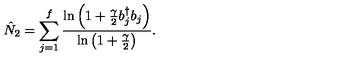
\hat { N } _ { 2 } = \sum _ { j = 1 } \sp f { \frac { \ln \left( 1 + { \frac { \gamma } { 2 } } b _ { j } \sp { \dagger } b _ { j } \right) } { \ln \left( 1 + { \frac { \gamma } { 2 } } \right) } } .